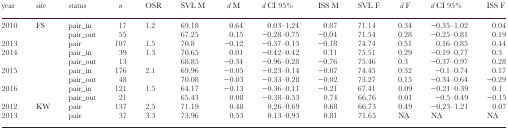
<table><thead><tr><td><b>year</b></td><td><b>site</b></td><td><b>status</b></td><td><b><i>n</i></b></td><td><b>OSR</b></td><td><b>SVL M</b></td><td><b><i>d</i> M</b></td><td><b><i>d</i> CI 95%</b></td><td><b>ISS M</b></td><td><b>SVL F</b></td><td><b><i>d</i> F</b></td><td><b><i>d</i> CI 95%</b></td><td><b>ISS F</b></td></tr></thead><tbody><tr><td rowspan="2">2010</td><td rowspan="9">FS</td><td>pair_in</td><td>17</td><td rowspan="2">1.2</td><td>69.18</td><td>0.64</td><td>0.03–1.24</td><td>0.87</td><td>71.14</td><td>0.34</td><td>−0.35–1.02</td><td>0.04</td></tr><tr><td>pair_out</td><td>55</td><td>67.25</td><td>0.15</td><td>−0.28–0.75</td><td>−0.04</td><td>71.54</td><td>0.28</td><td>−0.25–0.81</td><td>0.19</td></tr><tr><td>2013</td><td>pair</td><td>107</td><td>1.5</td><td>70.8</td><td>−0.12</td><td>−0.37–0.13</td><td>−0.18</td><td>74.74</td><td>0.51</td><td>0.16–0.85</td><td>0.44</td></tr><tr><td rowspan="2">2014</td><td>pair_in</td><td>39</td><td rowspan="2">1.3</td><td>70.65</td><td>0.01</td><td>−0.42–0.42</td><td>0.11</td><td>75.51</td><td>0.29</td><td>−0.19–0.77</td><td>0.3</td></tr><tr><td>pair_out</td><td>13</td><td>68.85</td><td>−0.34</td><td>−0.96–0.28</td><td>−0.76</td><td>75.46</td><td>0.3</td><td>−0.37–0.97</td><td>0.28</td></tr><tr><td rowspan="2">2015</td><td>pair_in</td><td>176</td><td rowspan="2">2.1</td><td>69.96</td><td>−0.05</td><td>−0.23–0.14</td><td>−0.07</td><td>74.45</td><td>0.32</td><td>−0.1–0.74</td><td>0.17</td></tr><tr><td>pair_out</td><td>48</td><td>70.08</td><td>−0.03</td><td>−0.33–0.28</td><td>−0.02</td><td>73.27</td><td>0.15</td><td>−0.34–0.64</td><td>−0.29</td></tr><tr><td rowspan="2">2016</td><td>pair_in</td><td>121</td><td rowspan="2">1.5</td><td>64.17</td><td>−0.13</td><td>−0.36–0.11</td><td>−0.21</td><td>67.41</td><td>0.09</td><td>−0.21–0.39</td><td>0.1</td></tr><tr><td>pair_out</td><td>21</td><td>65.43</td><td>0.08</td><td>−0.38–0.53</td><td>0.74</td><td>66.76</td><td>0.01</td><td>−0.5–0.49</td><td>−0.15</td></tr><tr><td>2012</td><td rowspan="2">KW</td><td>pair</td><td>137</td><td>2.5</td><td>71.19</td><td>0.48</td><td>0.26–0.69</td><td>0.68</td><td>66.73</td><td>0.49</td><td>−0.23–1.21</td><td>0.07</td></tr><tr><td>2013</td><td>pair</td><td>37</td><td>3.3</td><td>73.96</td><td>0.53</td><td>0.13–0.93</td><td>0.81</td><td>71.65</td><td>NA</td><td>NA</td><td>NA</td></tr></tbody></table>